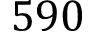
5 9 0